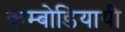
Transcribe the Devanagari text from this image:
कम्बोडियायी